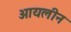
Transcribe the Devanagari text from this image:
आयलीन